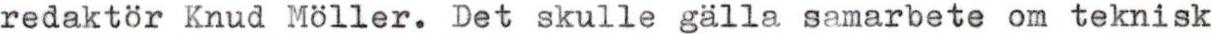
redaktör Knud Möller. Det skulle gälla samarbete om teknisk